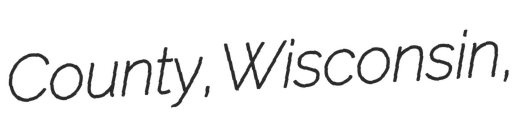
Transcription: County, Wisconsin,